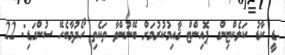
ޑީ ކާޑު ކަލެކްޓިންގ ޕޮއިންޓް ޤާއިމުކުރުމަށް ބޭނުންވާ ތަކެތި ހޯދުމާބެހޭ ސުންގަޑި: 22